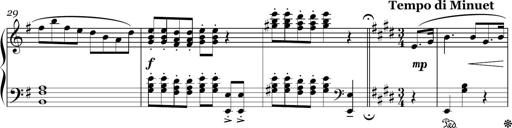
Title: Sonatina in E minor
Composer: Shuwen Zhang
Key: E minor